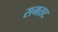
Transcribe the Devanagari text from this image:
समतट